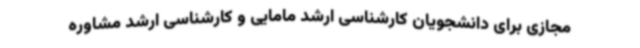
مجازی برای دانشجویان کارشناسی ارشد مامایی و کارشناسی ارشد مشاوره